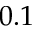
0 . 1